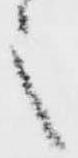
之